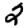
Digit: 2